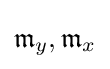
{\mathfrak {m}}_{y},{\mathfrak {m}}_{x}